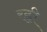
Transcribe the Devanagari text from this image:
रह्वी